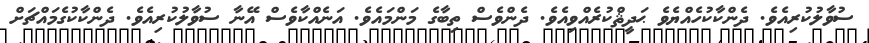
ސުވާލުކުރިއެވެ. ދެންކާކުހެއްޔެވެ ޙަދީޘްކުރެއްވިއެވެ. ދެންވެސް ތިބާގެ މަންމައެވެ. އަނެއްކާވެސް އޭނާ ސުވާލުކުރިއެވެ. ދެންކާކުގެމައްޗަށް